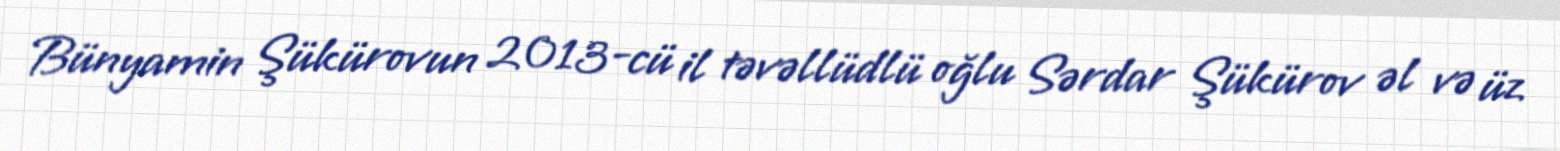
Bünyamin Şükürovun 2013-cü il təvəllüdlü oğlu Sərdar Şükürov əl və üz